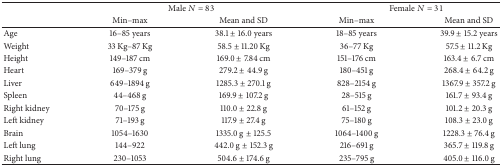
<table><thead><tr><td rowspan="2"><b> </b></td><td colspan="2"><b>Male <i>N</i> = 83</b></td><td colspan="2"><b>Female <i>N</i> = 31</b></td></tr><tr><td><b>Min–max </b></td><td><b>Mean and SD </b></td><td><b>Min–max </b></td><td><b>Mean and SD </b></td></tr></thead><tbody><tr><td>Age</td><td>16–85 years</td><td>38.1 ± 16.0 years</td><td>18–85 years</td><td>39.9 ± 15.2 years</td></tr><tr><td>Weight</td><td>33 Kg–87 Kg</td><td>58.5 ± 11.20 Kg</td><td>36–77 Kg</td><td>57.5 ± 11.2 Kg</td></tr><tr><td>Height</td><td>149–187 cm</td><td>169.0 ± 7.84 cm</td><td>151–176 cm</td><td>163.4 ± 6.7 cm</td></tr><tr><td>Heart</td><td>169–379 g</td><td>279.2 ± 44.9 g</td><td>180–451 g</td><td>268.4 ± 64.2 g</td></tr><tr><td>Liver</td><td>649–1894 g</td><td>1285.3 ± 270.1 g</td><td>828–2154 g</td><td>1367.9 ± 357.2 g</td></tr><tr><td>Spleen</td><td>44–468 g</td><td>169.9 ± 107.2 g</td><td>28–515 g</td><td>161.7 ± 93.4 g</td></tr><tr><td>Right kidney</td><td>70–175 g</td><td>110.0 ± 22.8 g</td><td>61–152 g</td><td>101.2 ± 20.3 g</td></tr><tr><td>Left kidney</td><td>71–193 g</td><td>117.9 ± 27.4 g</td><td>75–180 g</td><td>108.3 ± 23.0 g</td></tr><tr><td>Brain</td><td>1054–1630</td><td>1335.0 g± 125.5</td><td>1064–1400 g</td><td>1228.3 ± 76.4 g</td></tr><tr><td>Left lung</td><td>144–922</td><td>442.0 g± 152.3 g</td><td>216–691 g</td><td>365.7 ± 119.8 g</td></tr><tr><td>Right lung</td><td>230–1053</td><td>504.6 ± 174.6 g</td><td>235–795 g</td><td>405.0 ± 116.0 g</td></tr></tbody></table>